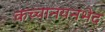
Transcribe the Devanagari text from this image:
कच्चानयनभेद